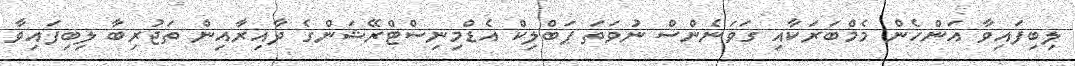
ލިބިފައިވާ އަންހެން މެމްބަރަކާއި ގަވަނެންސް ނުވަތަ ޕަބްލިކް އެޑްމިނިސްޓްރޭޝަންގެ ދާއިރާއިން ތަޖުރިބާ ލިބިފައިވާ